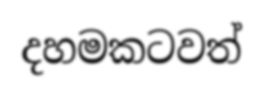
දහමකටවත්